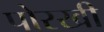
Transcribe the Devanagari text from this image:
पोरखी